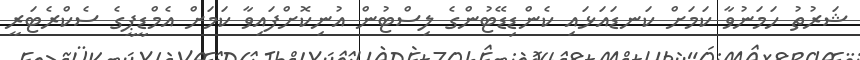
ޝަރުތު ހަމަނުވާ ކަމަށް ކަނޑައަޅައި ކެންޑިޑޭޓުންގެ ލިސްޓުން އުނިކޮށްފައިވާ ކަމަށް އެމްޑީޕީގެ ސެކްރެޓަރީ